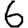
Digit: 6